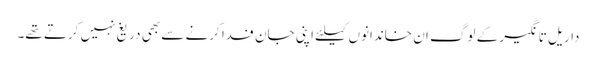
داریل تانگیر کے لوگ ان خاندانوں کیلئے اپنی جان فدا کرنے سے بھی دریغ نہیں کرتے تھے۔